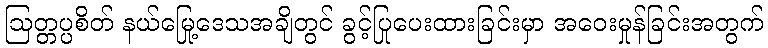
ဩတ္တပ္ပစိတ် နယ်မြေဒေသအချို့တွင် ခွင့်ပြုပေးထားခြင်းမှာ အဝေးမှုန်ခြင်းအတွက်